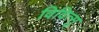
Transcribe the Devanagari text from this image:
विवित्सु